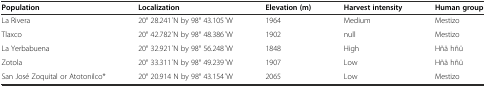
<table><thead><tr><td><b>Population</b></td><td><b>Localization</b></td><td><b>Elevation (m)</b></td><td><b>Harvest intensity</b></td><td><b>Human group</b></td></tr></thead><tbody><tr><td>La Rivera</td><td>20° 28.241 ́N by 98° 43.105 ́W</td><td>1964</td><td>Medium</td><td>Mestizo</td></tr><tr><td>Tlaxco</td><td>20° 42.782 ́N by 98° 48.386 ́W</td><td>1902</td><td>null</td><td>Mestizo</td></tr><tr><td>La Yerbabuena</td><td>20° 32.921 ́N by 98° 56.248 ́W</td><td>1848</td><td>High</td><td>Hñä hñü</td></tr><tr><td>Zotola</td><td>20° 33.311 ́N by 98° 49.239 ́W</td><td>1907</td><td>Low</td><td>Hñä hñü</td></tr><tr><td>San José Zoquital or Atotonilco*</td><td>20° 20.914 N by 98° 43.154 ́W</td><td>2065</td><td>Low</td><td>Mestizo</td></tr></tbody></table>